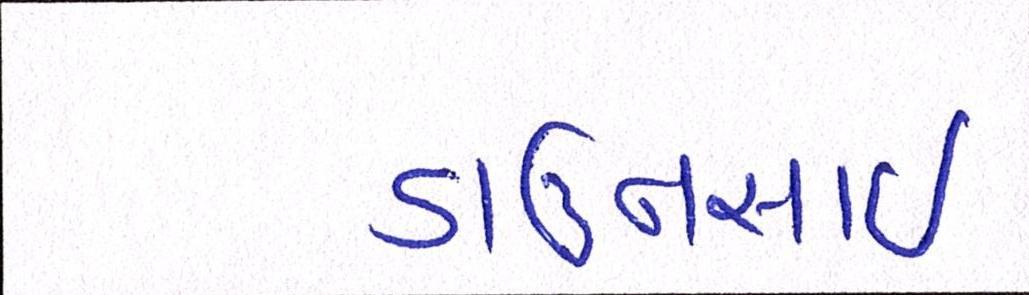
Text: ડાઉનસાઇ